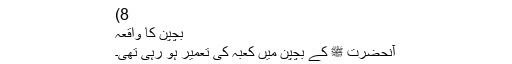
8)
بچپن کا واقعہ
آنحضرت ﷺ کے بچپن میں کعبہ کی تعمیر ہو رہی تھی۔